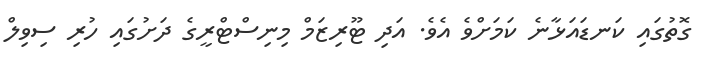
ގޮތުގައި ކަނޑައަޅާނެ ކަމަށްވެ އެވެ. އަދި ޓޫރިޒަމް މިނިސްޓްރީގެ ދަށުގައި ހުރި ސިވިލް